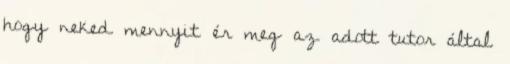
hogy neked mennyit ér meg az adott tutor által